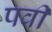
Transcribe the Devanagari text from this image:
पवी